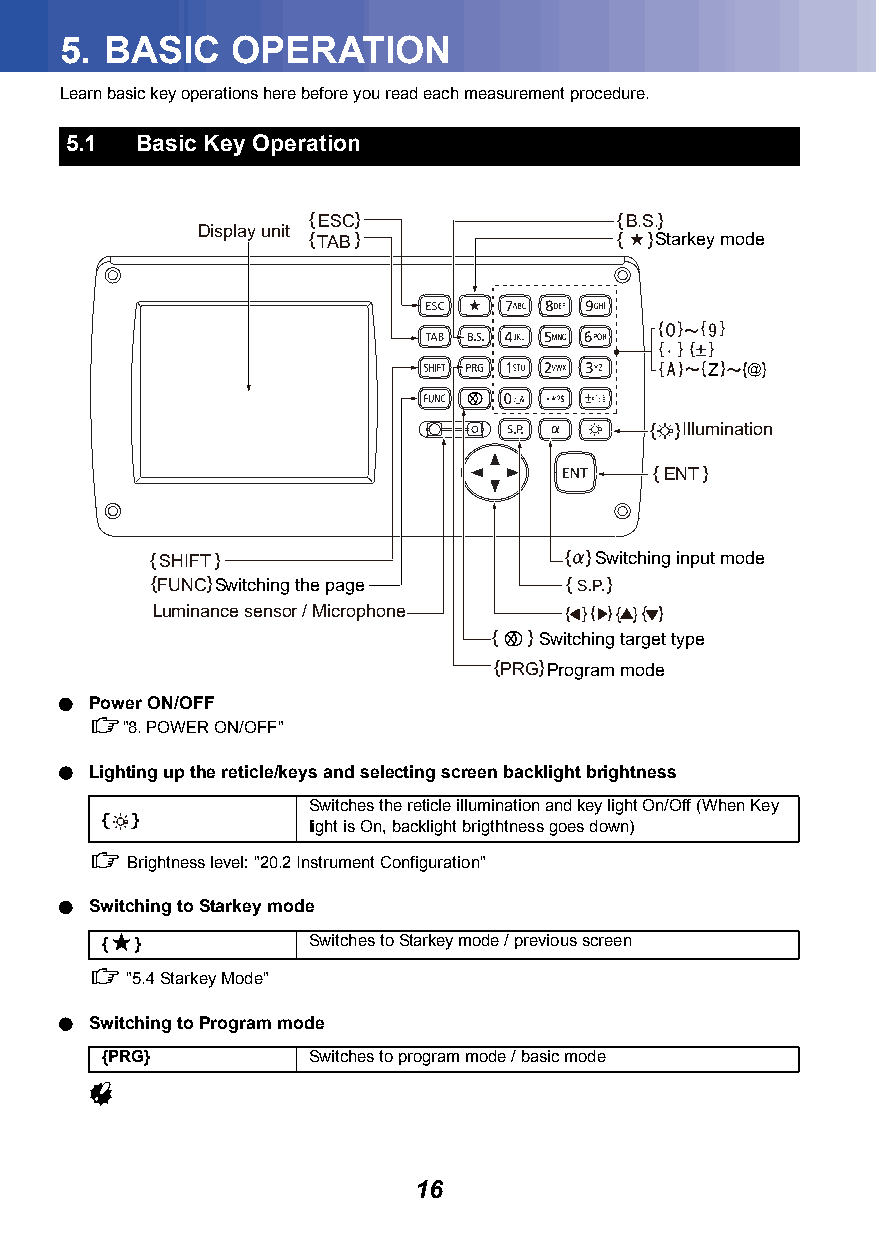
5. BASIC   OPERATION
 Learn basic key operations here before you read each measurement procedure.
 5.1  Basic Key Operation
 { E S C }            { B . S .}
 Display unit
 { T A B }            { }Starkey mode
 { }Illumination
 { E N T }
 { S H I F T }              { }Switching input mode
 { F U N C }Switching the page { }
 Luminance sensor / Microphone
 { }Switching target type
 { P R G }Program mode
  Power ON/OFF
 "8.POWER ON/OFF"
  Lighting up the reticle/keys and selecting screen backlight brightness
 Switches the reticle illumination and key light On/Off (When Key
 { }
 light is On, backlight brigthtness goes down)
  Brightness level: "20.2Instrument Configuration"
  Switching to Starkey mode
 {★}          Switches to Starkey mode / previous screen
  "5.4Starkey Mode"
  Switching to Program mode
 {PRG}        Switches to program mode / basic mode
 
 16